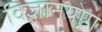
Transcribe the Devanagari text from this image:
विज्ञानयोग